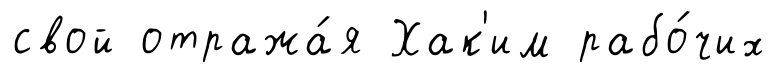
свой отража́я Хак'им рабо́чих